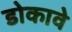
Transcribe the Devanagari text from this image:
डोकावे